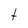
Character: t